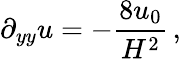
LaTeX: \partial_{yy}u=-{\frac{8u_{0}}{H^{2}}}\, ,